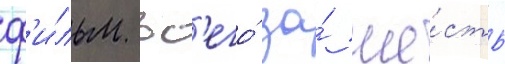
ф'и́льм вс'его́ за́ ше́сть